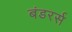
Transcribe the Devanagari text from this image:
बंडरर्स